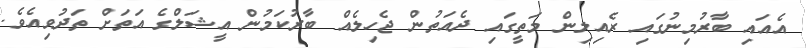
އެއައި ބާރުމިނުގައި ރެއިލިން މަތީގައި ދެއަތުން ޖެހިލެއް ބާރުކަމުން އީޝަލްގެ އަތަށް ތަދުވިއެވެ.